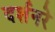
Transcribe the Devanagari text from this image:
दर्शनरे